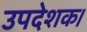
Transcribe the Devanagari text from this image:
उपदेशक।